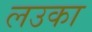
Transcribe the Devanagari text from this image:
लउका